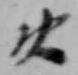
火